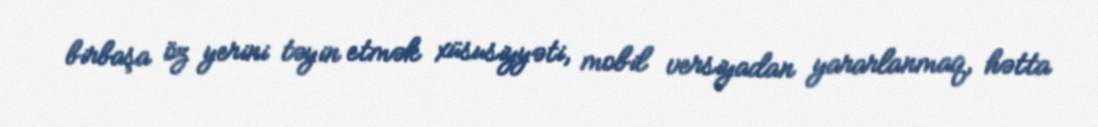
birbaşa öz yerini təyin etmək xüsusiyyəti, mobil versiyadan yararlanmaq, hətta